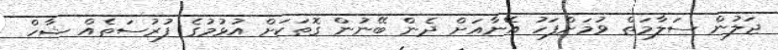
ޖަލުން ސަލާމަތް ވުމަށްފަހު އޭނާއަށް ދެން ބޭނުން ގޮތަކަށް އުޅުމުގެ ފުރުސަތެއް ޝާހް